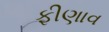
ફીણાવ